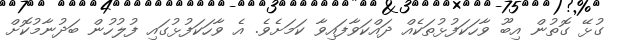
ގުޅޭ ގޮތުން އިބޫ ވާހަކަފުޅުތަކެއް ދައްކަވާފައިވާ ކަމަށެވެ. އެ ވާހަކަފުޅުގައި ފުލުހުން ބަދުނާމުކޮށް